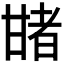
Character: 𤯈